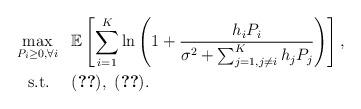
LaTeX: \begin{align*}\max_{P_i\ge 0,\forall i}~~ &\mathbb{E}\left[\sum_{i=1}^K\ln\left(1+\frac{h_{i}P_i}{\sigma^2+\sum_{j=1,j\neq i}^K h_{j}P_j}\right)\right],\\\mbox{s.t.}~~~~ &\eqref{Con-AIPC},~\eqref{Con-ATPC}.\end{align*}